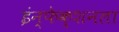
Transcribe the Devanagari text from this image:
इंन्फेक्शनला